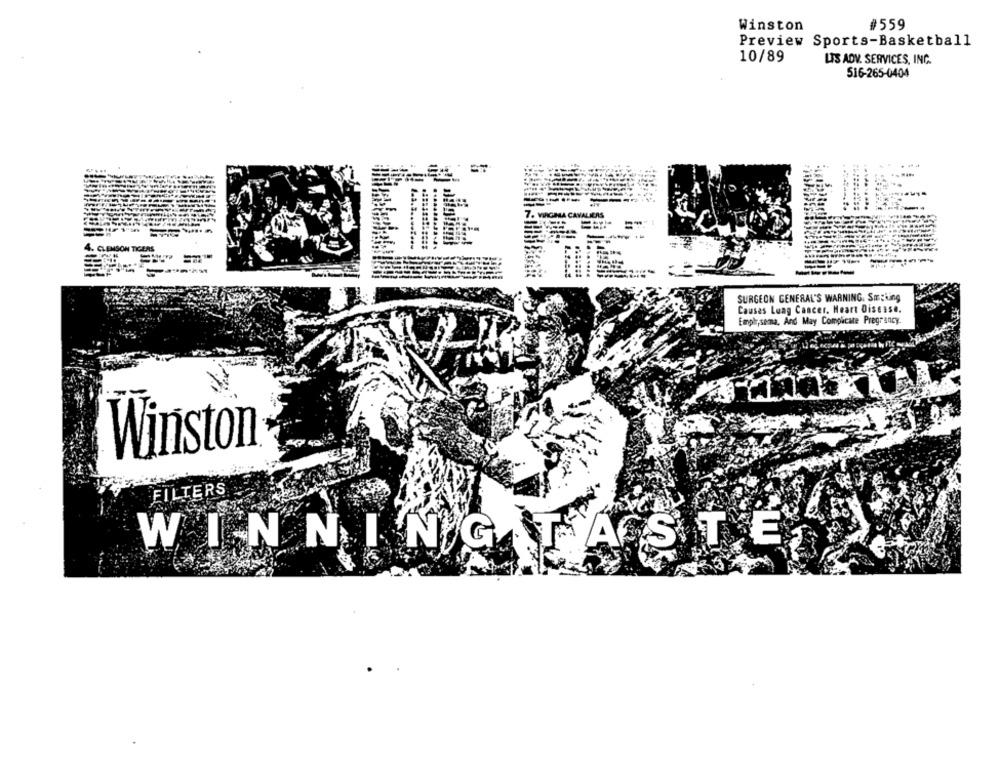
Winston
#559
Preview Sports-Basketball
10/89
LIS ADV. SERVICES, INC.
516-265-0404
4. CLEMSON TIGERS
SURGEON GENERAL'S WARNING. Smoking
Causes Lung Cancer. Heart Disease.
Empir,semma, And May Complicate Pregrancy
Winston
FILTERS
WINNING TASTE